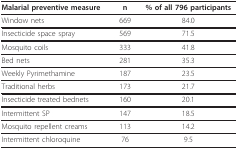
| Malarial preventive measure | n | % of all 796 participants |
 | --- | --- | --- |
 | Window nets | 669 | 84.0 |
 | Insecticide space spray | 569 | 71.5 |
 | Mosquito coils | 333 | 41.8 |
 | Bed nets | 281 | 35.3 |
 | Weekly Pyrimethamine | 187 | 23.5 |
 | Traditional herbs | 173 | 21.7 |
 | Insecticide treated bednets | 160 | 20.1 |
 | Intermittent SP | 147 | 18.5 |
 | Mosquito repellent creams | 113 | 14.2 |
 | Intermittent chloroquine | 76 | 9.5 |